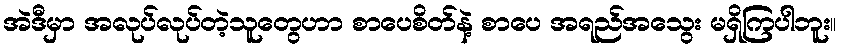
အဲဒီမှာ အလုပ်လုပ်တဲ့သူတွေဟာ စာပေစိတ်နဲ့ စာပေ အရည်အသွေး မရှိကြပါဘူး။